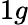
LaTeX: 1g